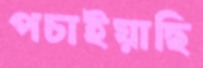
পচাইয়াছি